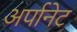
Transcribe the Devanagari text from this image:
अर्पानेट